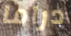
دراما